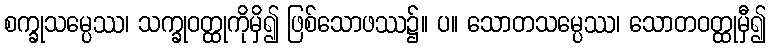
စက္ခုသမ္ပေဿ၊ သက္ခုဝတ္ထုကိုမှိ၍ ဖြစ်သောဖဿ၌။ ပ။ သောတသမ္ပေဿ၊ သောတဝတ္ထုမှီ၍